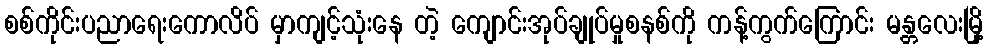
စစ်ကိုင်းပညာရေးကောလိပ် မှာကျင့်သုံးနေ တဲ့ ကျောင်းအုပ်ချုပ်မှုစနစ်ကို ကန့်ကွက်ကြောင်း မန္တလေးမြို့